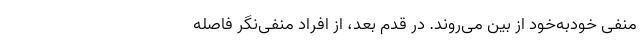
منفی خودبه‌خود از بین می‌روند. در قدم بعد، از افراد منفی‌نگر فاصله